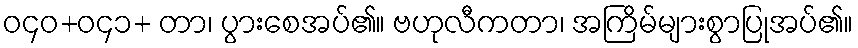
ဝ၄၀+ဝ၄၁+ တာ၊ ပွားစေအပ်၏။ ဗဟုလီကတာ၊ အကြိမ်များစွာပြုအပ်၏။